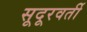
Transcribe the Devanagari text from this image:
सूदूरवर्ती